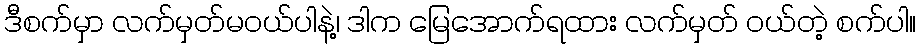
ဒီစက်မှာ လက်မှတ်မဝယ်ပါနဲ့၊ ဒါက မြေအောက်ရထား လက်မှတ် ဝယ်တဲ့ စက်ပါ။